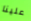
علينا